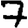
Digit: 7